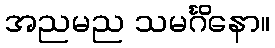
အညမည သမင်္ဂိနော။